Civil Veterinary Dept. Bombay admin report 1900-1906 - 1900-1906
Year: 1900
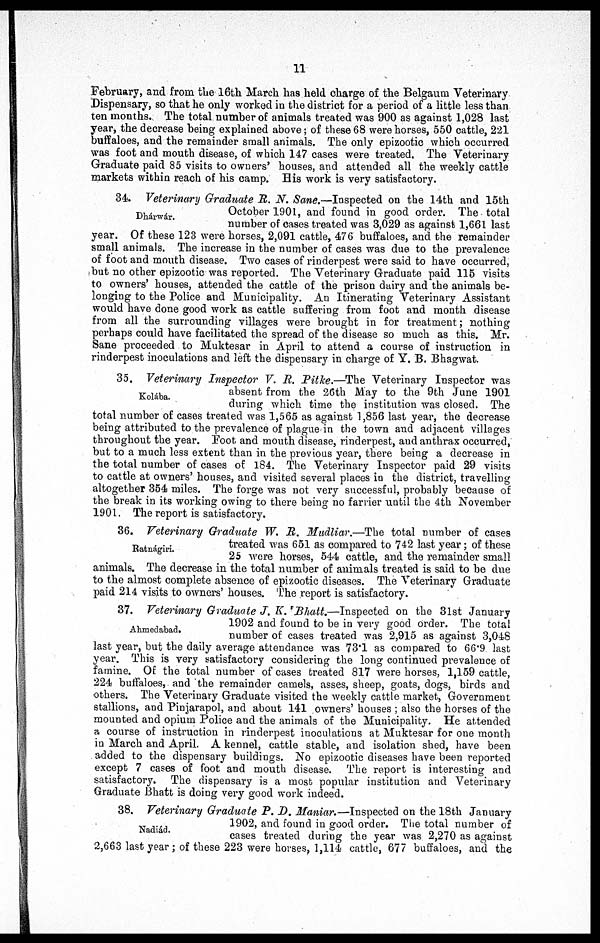
11
February, and from the 16th March has held charge of the Belgaum Veterinary
Dispensary, so that he only worked in the district for a period of a little less than
ten months. The total number of animals treated was 900 as against 1,028 last
year, the decrease being explained above; of these 68 were horses, 550 cattle, 221
buffaloes, and the remainder small animals. The only epizootic which occurred
was foot and mouth disease, of which 147 cases were treated. The Veterinary
Graduate paid 85 visits to owners' houses, and attended all the weekly cattle
markets within reach of his camp. His work is very satisfactory.
Dhárwár.
34. Veterinary Graduate R. N. Sane.—Inspected on the 14th and l5th
October 1901, and found in good order. The total
number of cases treated was 3,029 as against 1,661 last
year. Of these 123 were horses, 2,091 cattle, 476 buffaloes, and the remainder
small animals. The increase in the number of cases was due to the prevalence
of foot and mouth disease. Two cases of rinderpest were said to have occurred,
but no other epizootic was reported. The Veterinary Graduate paid 115 visits
to owners' houses, attended the cattle of the prison dairy and the animals be-
longing to the Police and Municipality. An Itinerating Veterinary Assistant
would have done good work as cattle suffering from foot and mouth disease
from all the surrounding villages were brought in for treatment; nothing
perhaps could have facilitated the spread of the disease so much as this. Mr.
Sane proceeded to Muktesar in April to attend a course of instruction in
rinderpest inoculations and left the dispensary in charge of Y. B. Bhagwat.
Kolába.
35. Veterinary Inspector V. R. Pitke.—The Veterinary Inspector was
absent from the 26th May to the 9th June 1901
during which time the institution was closed. The
total number of cases treated was 1,565 as against 1,856 last year, the decrease
being attributed to the prevalence of plague in the town and adjacent villages
throughout the year. Foot and mouth disease, rinderpest, and anthrax occurred,
but to a much less extent than in the previous year, there being a decrease in
the total number of cases of 184. The Veterinary Inspector paid 29 visits
to cattle at owners' houses, and visited several places in the district, travelling
altogether 354 miles. The forge was not very successful, probably because of
the break in its working owing to there being no farrier until the 4th November
1901. The report is satisfactory.
Ratnágiri.
36. Veterinary Graduate W. R. Madliar.—The total number of cases
treated was 651 as compared to 742 last year; of these
25 were horses, 544 cattle, and the remainder small
animals. The decrease in the total number of animals treated is said to be due
to the almost complete absence of epizootic diseases. The Veterinary Graduate
paid 214 visits to owners' houses. The report is satisfactory.
Ahmedabad.
37. Veterinary Graduate J. K. Bhatt.—Inspected on the 31st January
1902 and found to be in very good order. The total
number of cases treated was 2,915 as against 3,048
last year, but the daily average attendance was 73.1 as compared to 66.9 last
year. This is very satisfactory considering the long continued prevalence of
famine. Of the total number of cases treated 817 were horses, 1,159 cattle,
224 buffaloes, and the remainder camels, asses, sheep, goats, dogs, birds and
others. The Veterinary Graduate visited the weekly cattle market, Government
stallions, and Pinjarapol, and about 141 owners' houses ; also the horses of the
mounted and opium Police and the animals of the Municipality. He attended
a course of instruction in rinderpest inoculations at Muktesar for one month
in March and April. A kennel, cattle stable, and isolation shed, have been
added to the dispensary buildings. No epizootic diseases have been reported
except 7 cases of foot and mouth disease. The report is interesting and
satisfactory. The dispensary is a most popular institution and Veterinary
Graduate Bhatt is doing very good work indeed.
Nadiád.
38. Veterinary Graduate P. D. Maniar.—Inspected on the 18th January
1902, and found in good order. The total number of
cases treated during the year was 2,270 as against
2,663 last year; of these 223 were horses, 1,114 cattle, 677 buffaloes, and the